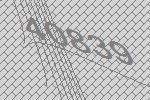
40839